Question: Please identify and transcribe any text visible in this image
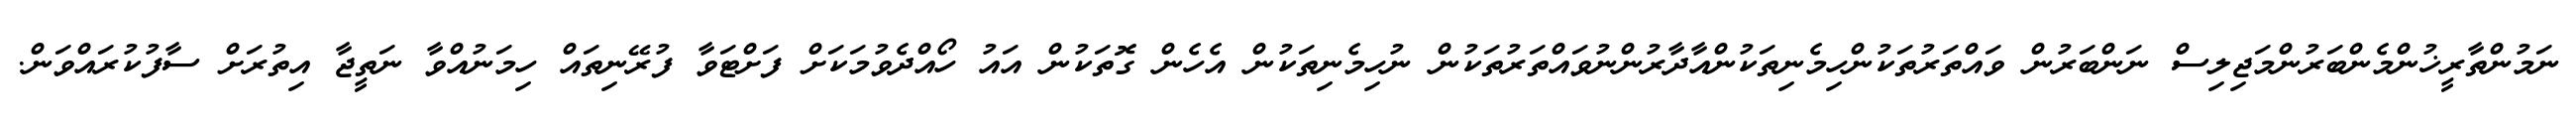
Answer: ނަމުންތާރީޚުންމެންބަރުންމަޖިލިސް ނަންބަރުން ވައްތަރުތަކުންހިމެނިތަކުންއާދާރުންނުވައްތަރުތަކުން ނުހިމެނިތަކުން އެހެން ގޮތަކުން އައު ހޯއްދެވުމަކަށް ފަށްޓަވާ ފުރޭނިތައް ހިމަނުއްވާ ނަތީޖާ އިތުރަށް ސާފުކުރައްވަން.